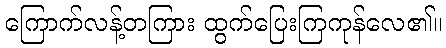
ကြောက်လန့်တကြား ထွက်ပြေးကြကုန်လေ၏။